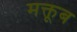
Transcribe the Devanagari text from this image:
मक्तूब